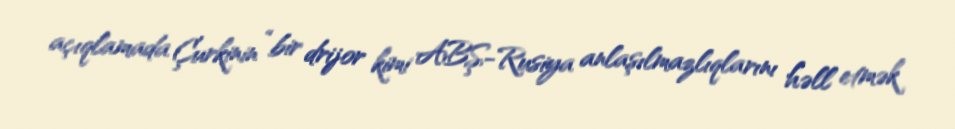
açıqlamada Çurkinin “bir drijor kimi ABŞ-Rusiya anlaşılmazlıqlarını həll etmək